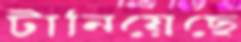
টানিয়েছে